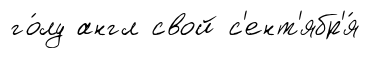
го́лу англ свой с'ент'ябр'я́